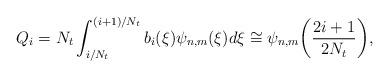
LaTeX: \begin{align*} Q_i=N_t\int_{i/N_t}^{(i+1)/N_t}b_i(\xi)\psi_{n,m}(\xi)d\xi\cong \psi_{n,m}\bigg(\frac{2i+1}{2N_t}\bigg),\end{align*}